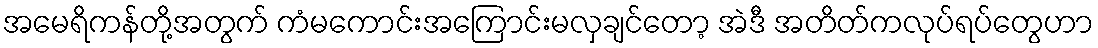
အမေရိကန်တို့အတွက် ကံမကောင်းအကြောင်းမလှချင်တော့ အဲဒီ အတိတ်ကလုပ်ရပ်တွေဟာ